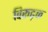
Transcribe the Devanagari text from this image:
विरूढ़क